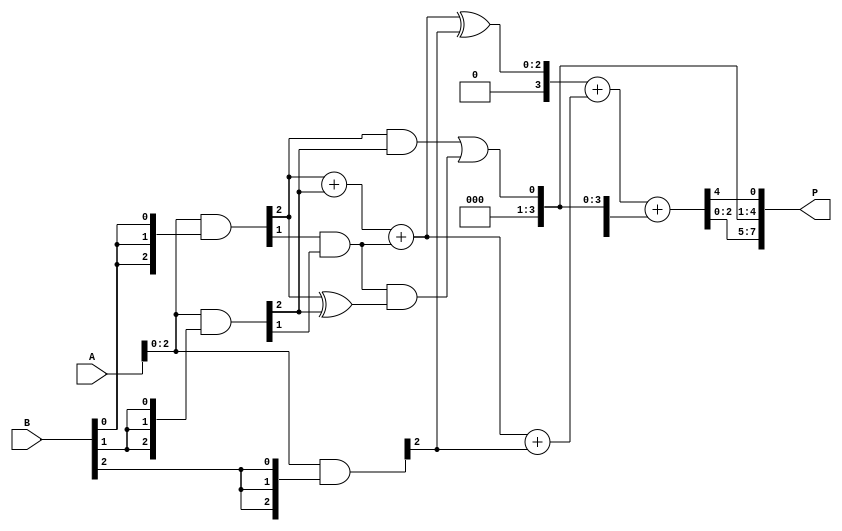
module scalable_wallace_tree_multiplier #(
    parameter N = 4 // Bit-width of the operands
)(
    input [N-1:0] A,
    input [N-1:0] B,
    output reg [2*N-1:0] P
);

    // Partial product generation
    wire [N-1:0] pp [0:N-1]; // Partial products
    genvar i, j;
    generate
        for (i = 0; i < N; i = i + 1) begin : pp_gen
            assign pp[i] = A & {N{B[i]}};
        end
    endgenerate

    // Wallace Tree Reduction
    wire [N-1:0] sum [0:N-1];
    wire [N-1:0] carry [0:N-1];
    wire [N-1:0] fa_out [0:N-2]; // Full adder outputs
    wire [N-1:0] ha_out [0:N-2]; // Half adder outputs

    // First stage of reduction using half adders and full adders
    generate
        for (i = 0; i < N; i = i + 1) begin : reduction_stage
            if (i == 0) begin
                assign sum[i] = pp[0][i] + pp[1][i];
                assign carry[i] = 1'b0; // No carry in for the first stage
            end else begin
                assign sum[i] = pp[0][i] + pp[1][i] + carry[i-1];
                assign carry[i] = (pp[0][i] & pp[1][i]) | (carry[i-1] & (pp[0][i] ^ pp[1][i]));
            end
        end
    endgenerate

    // Second stage of reduction
    generate
        for (i = 0; i < N-1; i = i + 1) begin : second_stage
            assign fa_out[i] = sum[i] + pp[2][i];
            assign ha_out[i] = sum[i] ^ pp[2][i];
        end
    endgenerate

    // Final addition
    wire [N:0] final_sum; // Final sum with carry
    assign final_sum = {1'b0, ha_out[N-2]} + {1'b0, fa_out[N-2]} + {N{carry[N-2]}};

    // Output assignment
    always @(*) begin
        P = {final_sum[N-1:0], carry[N-2], final_sum[N]};
    end

endmodule